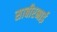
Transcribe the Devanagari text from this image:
साबीरभाई